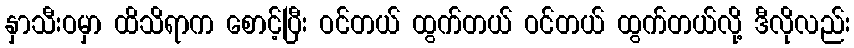
နှာသီးဝမှာ ထိသိရာက စောင့်ပြီး ဝင်တယ် ထွက်တယ် ဝင်တယ် ထွက်တယ်လို့ ဒီလိုလည်း